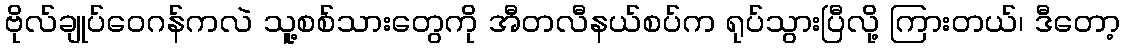
ဗိုလ်ချုပ်ဝေဂန်ကလဲ သူ့စစ်သားတွေကို အီတလီနယ်စပ်က ရုပ်သွားပြီလို့ ကြားတယ်၊ ဒီတော့